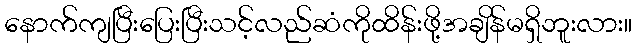
နောက်ကျပြီးပြေးပြီးသင့်လည်ဆံကိုထိန်းဖို့အချိန်မရှိဘူးလား။